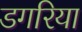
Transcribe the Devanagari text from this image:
डगरिया